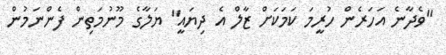
"ވެދާނެ އަހަރެން ހުރީމަ ކަމަކަށް ޒާލް އެ ދިޔައީ" ޔަލާގެ މޫނުމަތިން ފެންނަމުން